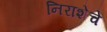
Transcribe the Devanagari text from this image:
निराशेचे